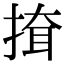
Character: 𢱕